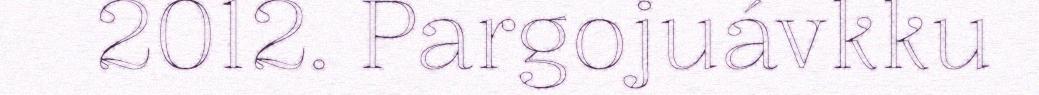
2012. Pargojuávkku